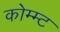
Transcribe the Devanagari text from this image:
कोम्म्ट